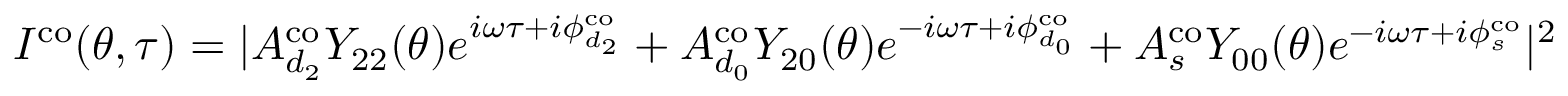
\begin{array} { r } { I ^ { \mathrm { { c o } } } ( \theta , \tau ) = | A _ { d _ { 2 } } ^ { \mathrm { { c o } } } Y _ { 2 2 } ( \theta ) e ^ { i \omega \tau + i \phi _ { d _ { 2 } } ^ { \mathrm { { c o } } } } + A _ { d _ { 0 } } ^ { \mathrm { { c o } } } Y _ { 2 0 } ( \theta ) e ^ { - i \omega \tau + i \phi _ { d _ { 0 } } ^ { \mathrm { { c o } } } } + A _ { s } ^ { \mathrm { { c o } } } Y _ { 0 0 } ( \theta ) e ^ { - i \omega \tau + i \phi _ { s } ^ { \mathrm { { c o } } } } | ^ { 2 } } \end{array}